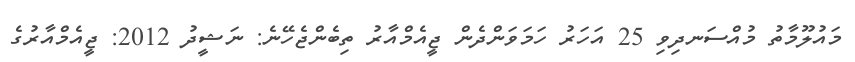
މައުލޫމާތު މުއްސަނދިވި 25 އަހަރު ހަމަވަންދެން ޖީއެމްއާރު ތިބެންޖެހޭނެ: ނަޝީދު 2012: ޖީއެމްއާރުގެ